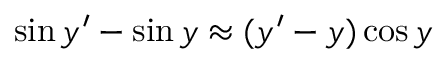
\sin y ^ { \prime } - \sin y \approx ( y ^ { \prime } - y ) \cos y